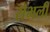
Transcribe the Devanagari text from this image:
सेभली